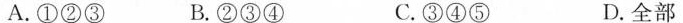
A.①②③ B.②③④ C.③④⑤ D.全部